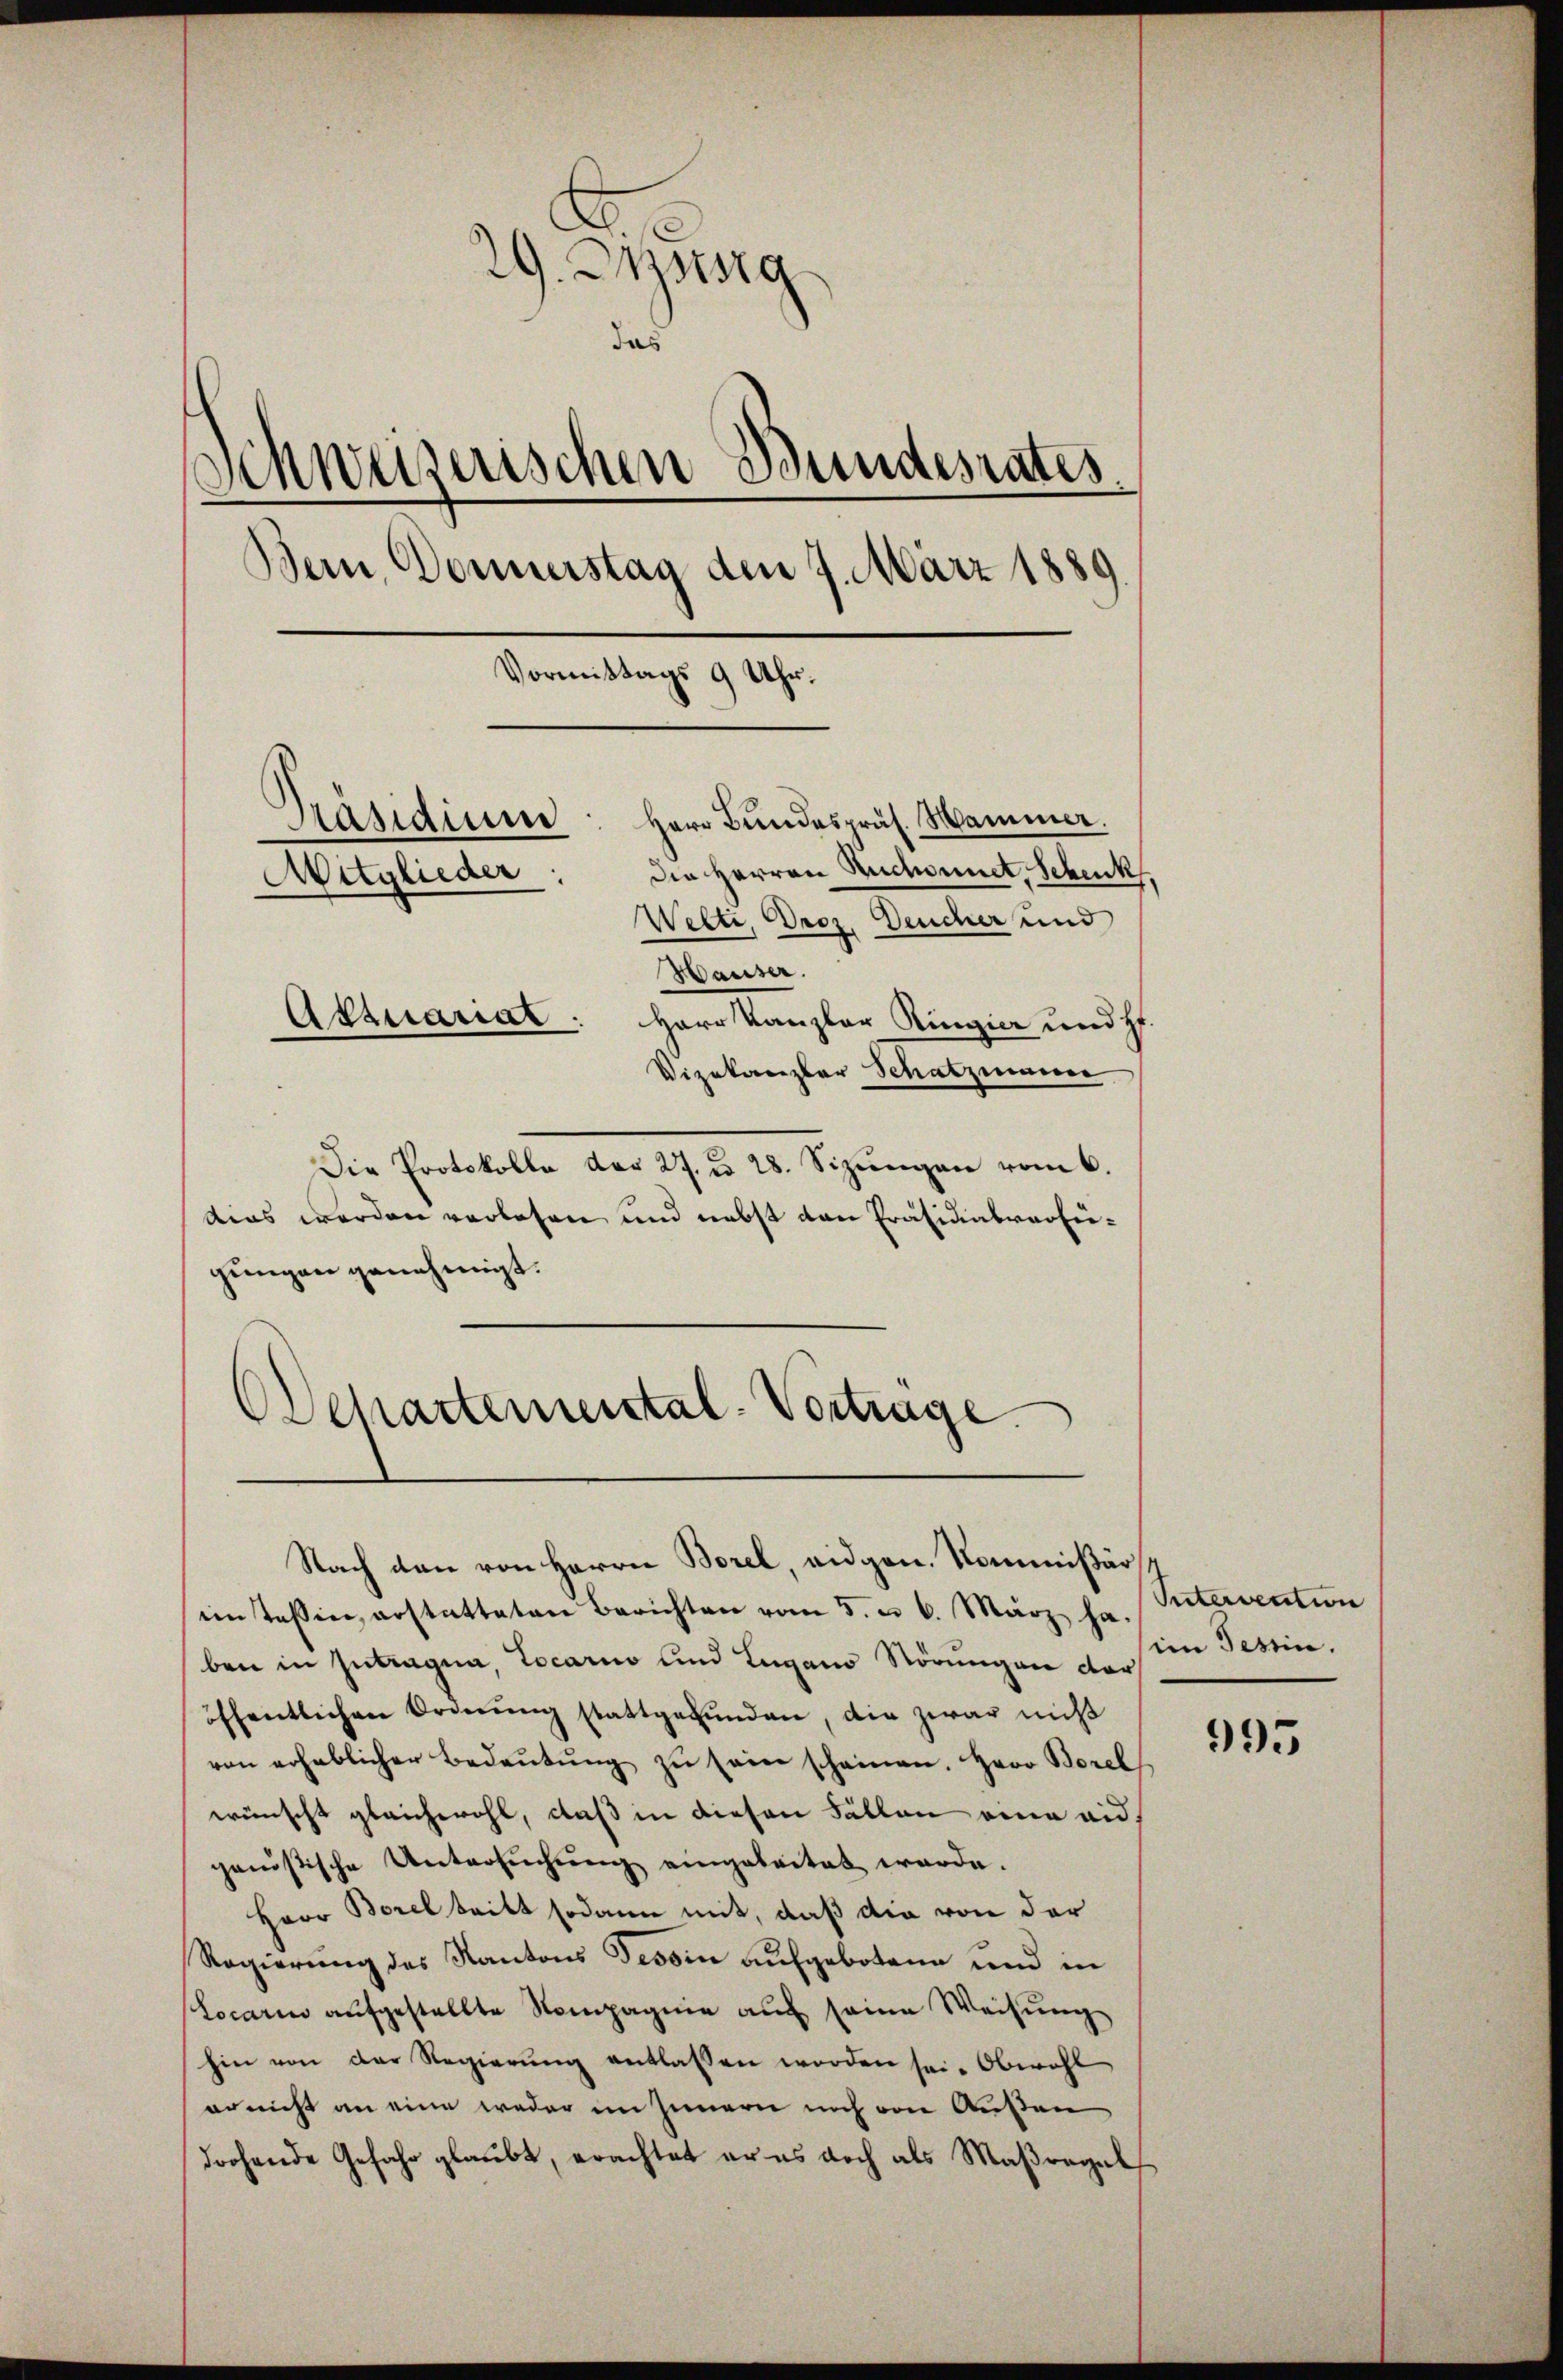
29. Misg
Schweizerischen Bundesrates.
Bern, Donnerstag den 7. März 1889
Vormittags 9 Uhr.
Herr Bundespräs. Hammer.
Präsidium
Die Herren Ruchonnet, Schenk
Mitglieder:
Welti, Droz. Deucher und
Hauser.
Aktuariat: Herr Kanzler Ringia und Hr.
Vizekanzler Schatzmauer

Die Protokolle der 27. d. 28. Sizungen vom 6.
dias werden verlesen und nebst den Präsidialverfügungen genehmigt.

Ochartemental-Vortrage
Nach den von Herrn Borel, eidgen. Kommißär

imtessin, erstatteten Berichten vom 5. u. 6. März hr. Sutervention
ben in Zutragna, Locario und Lugano Störungen der
öffentlichen Ordnŭng stattgefŭnden, die zwar nicht
von erheblicher Bedeŭtŭng zu sein scheinen. Herr Borel
wünscht gleichwohl, daß in diesen Fällen eine eidgenößische Untersŭchŭng eingeleitet werde.
Herr Borel tritt sodann mit, daß die von der
Regierung des Kantons Tessin aufgebotene und in
Locari aŭfgestellte Kompagnie aŭf seine Weisŭng
hin von der Regierŭng entlassen worden sei. Obwohl
er nicht an eine weder im Innern noch von Außen
drohende Gefahr glaubt, erachtet er es doch als Maßregel

im Tessin.

995